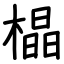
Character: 橸